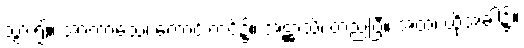
သွား၍။ အာကာသေ၊ ကောင်းကင်၌။ အဋ္ဌာသိ၊ တည်ပြီ။ အထ၊ ထိုအခါ၌။